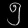
Digit: ၅